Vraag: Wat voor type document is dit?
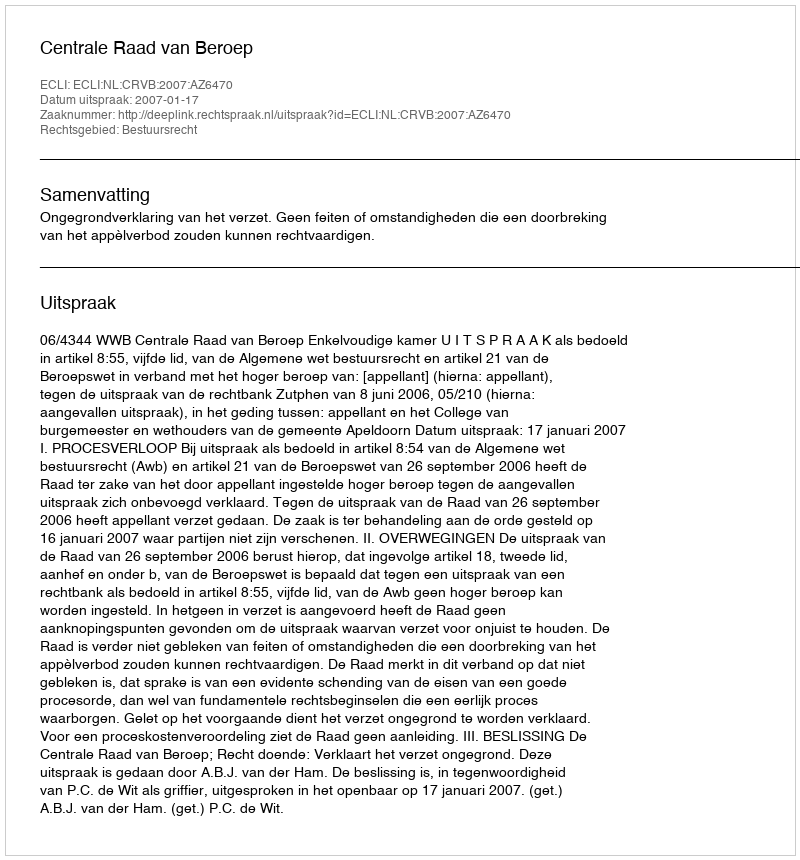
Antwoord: Uitspraak